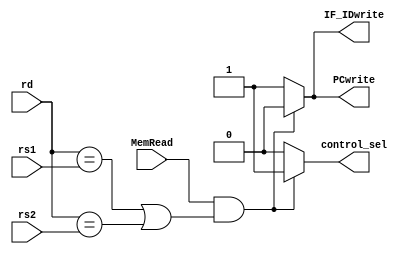
`timescale 1ns / 1ps
//////////////////////////////////////////////////////////////////////////////////
// Company: 
// Engineer: 
// 
// Design Name: 
// Module Name: hazard_detection
// Project Name: 
// Target Devices: 
// Tool Versions: 
// Description: 
// 
// Dependencies: 
// 
// Revision:
// Revision 0.01 - File Created
// Additional Comments:
// 
//////////////////////////////////////////////////////////////////////////////////


module hazard_detection(input [4:0] rd,
                        input [4:0] rs1,
                        input [4:0] rs2,
                        input MemRead,
                        output reg PCwrite,
                        output reg IF_IDwrite,
                        output reg control_sel);
                        
    always@(*) begin
        if (MemRead == 1 && ((rd == rs1) || (rd == rs2))) begin
            PCwrite <= 0;
            IF_IDwrite <= 0;
            control_sel <= 1;
        end else begin
            PCwrite <= 1;
            IF_IDwrite <= 1;
            control_sel <= 0;
        end
    end
                        
endmodule